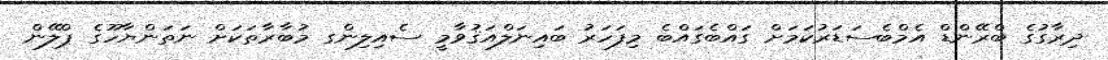
ދިރާގުގެ ބްރޭންޑް އެމްބެސަޑަރުކަމަށް ގައްބެގައްބެ މިފަހަރު ބައިނަލްއަޤުވާމީ ސެއިލިންގ މުބާރާތަކަށް ނަތަންޔާހޫގެ ޕްލޭން